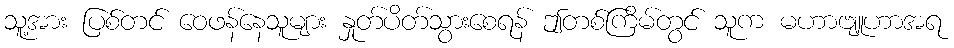
သူ့အား ပြစ်တင် ဝေဖန်နေသူများ နှုတ်ပိတ်သွားစေရန် ဤတစ်ကြိမ်တွင် သူက မဟာဗျူဟာအရ